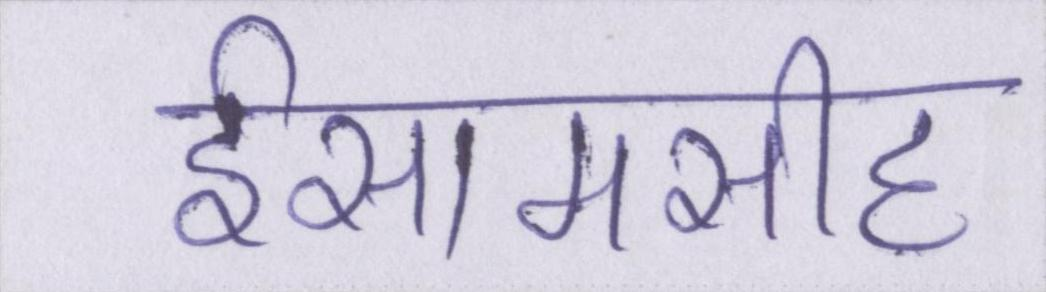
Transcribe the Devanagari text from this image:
ईसामसीह